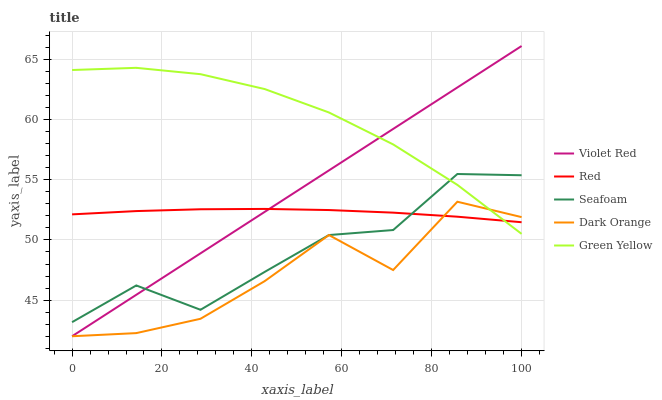
| xaxis_label | Violet Red | Red | Seafoam | Dark Orange | Green Yellow |
 | --- | --- | --- | --- | --- | --- |
 | 0 | 42 | 52.1 | 43.2 | 42 | 64.1 |
 | 14.3 | 45.4 | 52.4 | 46.2 | 42.3 | 64.3 |
 | 28.6 | 48.9 | 52.5 | 44.2 | 43.5 | 63.8 |
 | 42.9 | 52.3 | 52.6 | 47.3 | 46.6 | 62.5 |
 | 57.1 | 55.8 | 52.5 | 50.4 | 50.4 | 60.6 |
 | 71.4 | 59.2 | 52.3 | 50.8 | 47.5 | 57.9 |
 | 85.7 | 62.7 | 51.9 | 55.5 | 53.2 | 54.6 |
 | 100 | 66.1 | 51.5 | 55.4 | 51.9 | 50.5 |